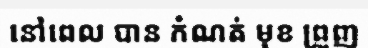
នៅពេល បាន កំណត់ មុខ ព្រួញ